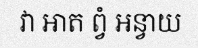
វា ឤត ព្វំ អន្វាយ